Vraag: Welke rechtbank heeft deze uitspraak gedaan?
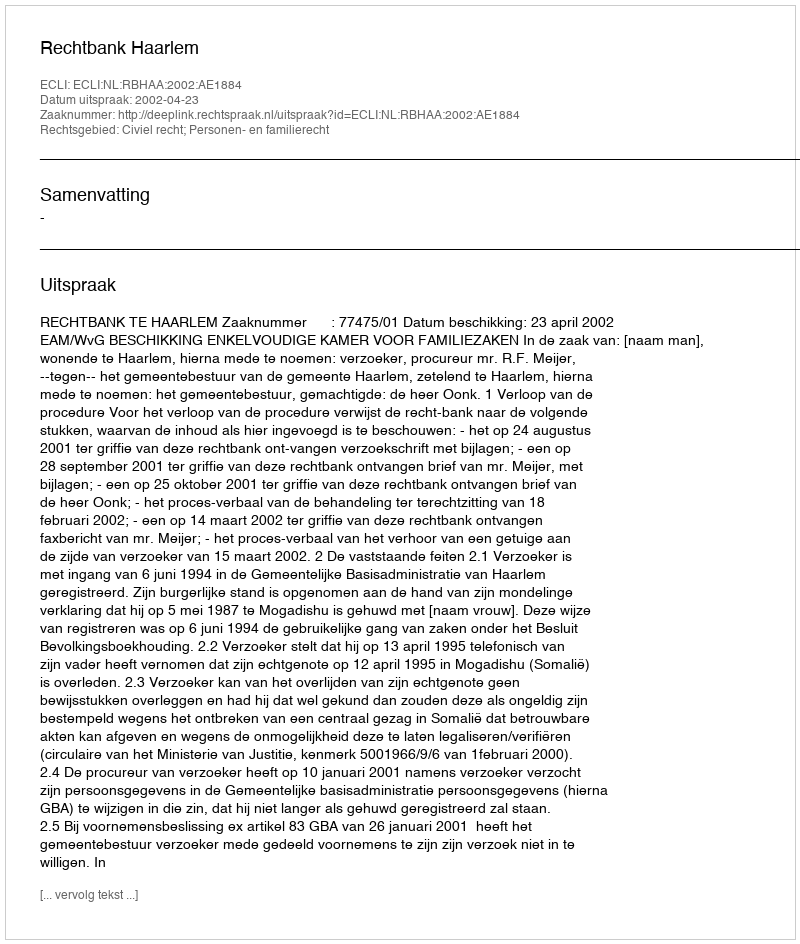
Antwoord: Rechtbank Haarlem